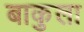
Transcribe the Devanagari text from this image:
बाकुला